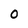
Character: O